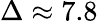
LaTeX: \Delta\approx 7.8